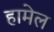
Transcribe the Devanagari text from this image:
हामेल